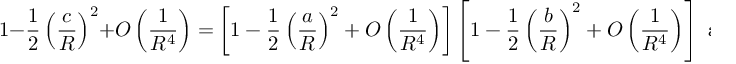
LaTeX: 1 - { \frac { 1 } { 2 } } \left( { \frac { c } { R } } \right) ^ { 2 } + O \left( { \frac { 1 } { R ^ { 4 } } } \right) = \left[ 1 - { \frac { 1 } { 2 } } \left( { \frac { a } { R } } \right) ^ { 2 } + O \left( { \frac { 1 } { R ^ { 4 } } } \right) \right] \left[ 1 - { \frac { 1 } { 2 } } \left( { \frac { b } { R } } \right) ^ { 2 } + O \left( { \frac { 1 } { R ^ { 4 } } } \right) \right] { \mathrm { ~ a s ~ } } R \to \infty \ .